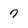
Character: 7